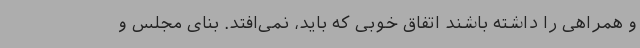
و همراهی را داشته باشند اتفاق خوبی که باید، نمی‌افتد. بنای مجلس و